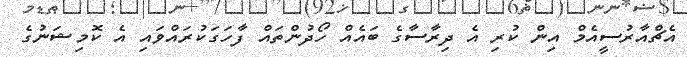
އެޗްއާރުސީއެމް އިން ކުރި އެ ދިރާސާގެ ބައެއް ހޯދުންތައް ފާހަގަކުރައްވައި އެ ކޮމިޝަނުގެ